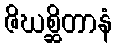
ဇိဃစ္ဆိတာနံ